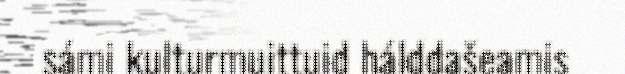
sámi kulturmuittuid hálddašeamis